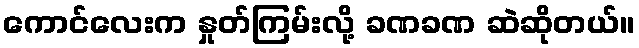
ကောင်လေးက နှုတ်ကြမ်းလို့ ခဏခဏ ဆဲဆိုတယ်။